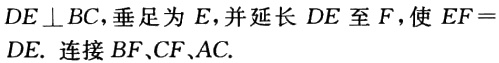
$DE\perp BC$，垂足为$E$，并延长$DE$至$F$，使$EF = DE$. 连接$BF、CF、AC.$